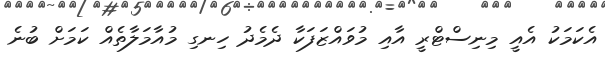
އެކަމަކު އެއީ މިނިސްޓްރީ އާއި މުވައްޒަފަކާ ދެމެދު ހިނގި މުއާމަލާތެއް ކަމަށް ބުނެ